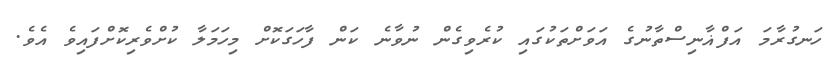
ހަނގުރާމަ އަފްޣާނިސްތާނުގެ އަވަށްތަކުގައި ކުރެވިގެން ނުވާނެ ކަން ފާހަގަކޮށް މިހަމަލާ ކުށްވެރިކޮށްފައިވެ އެވެ.